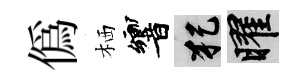
偽栖響犯曜